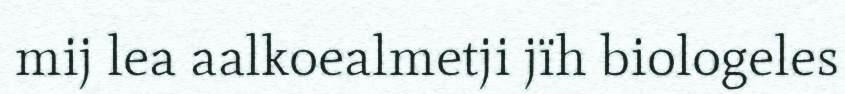
mij lea aalkoealmetji jïh biologeles